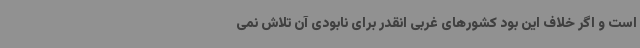
است و اگر خلاف این بود کشورهای غربی انقدر برای نابودی آن تلاش نمی